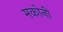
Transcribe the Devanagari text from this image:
मकोनी